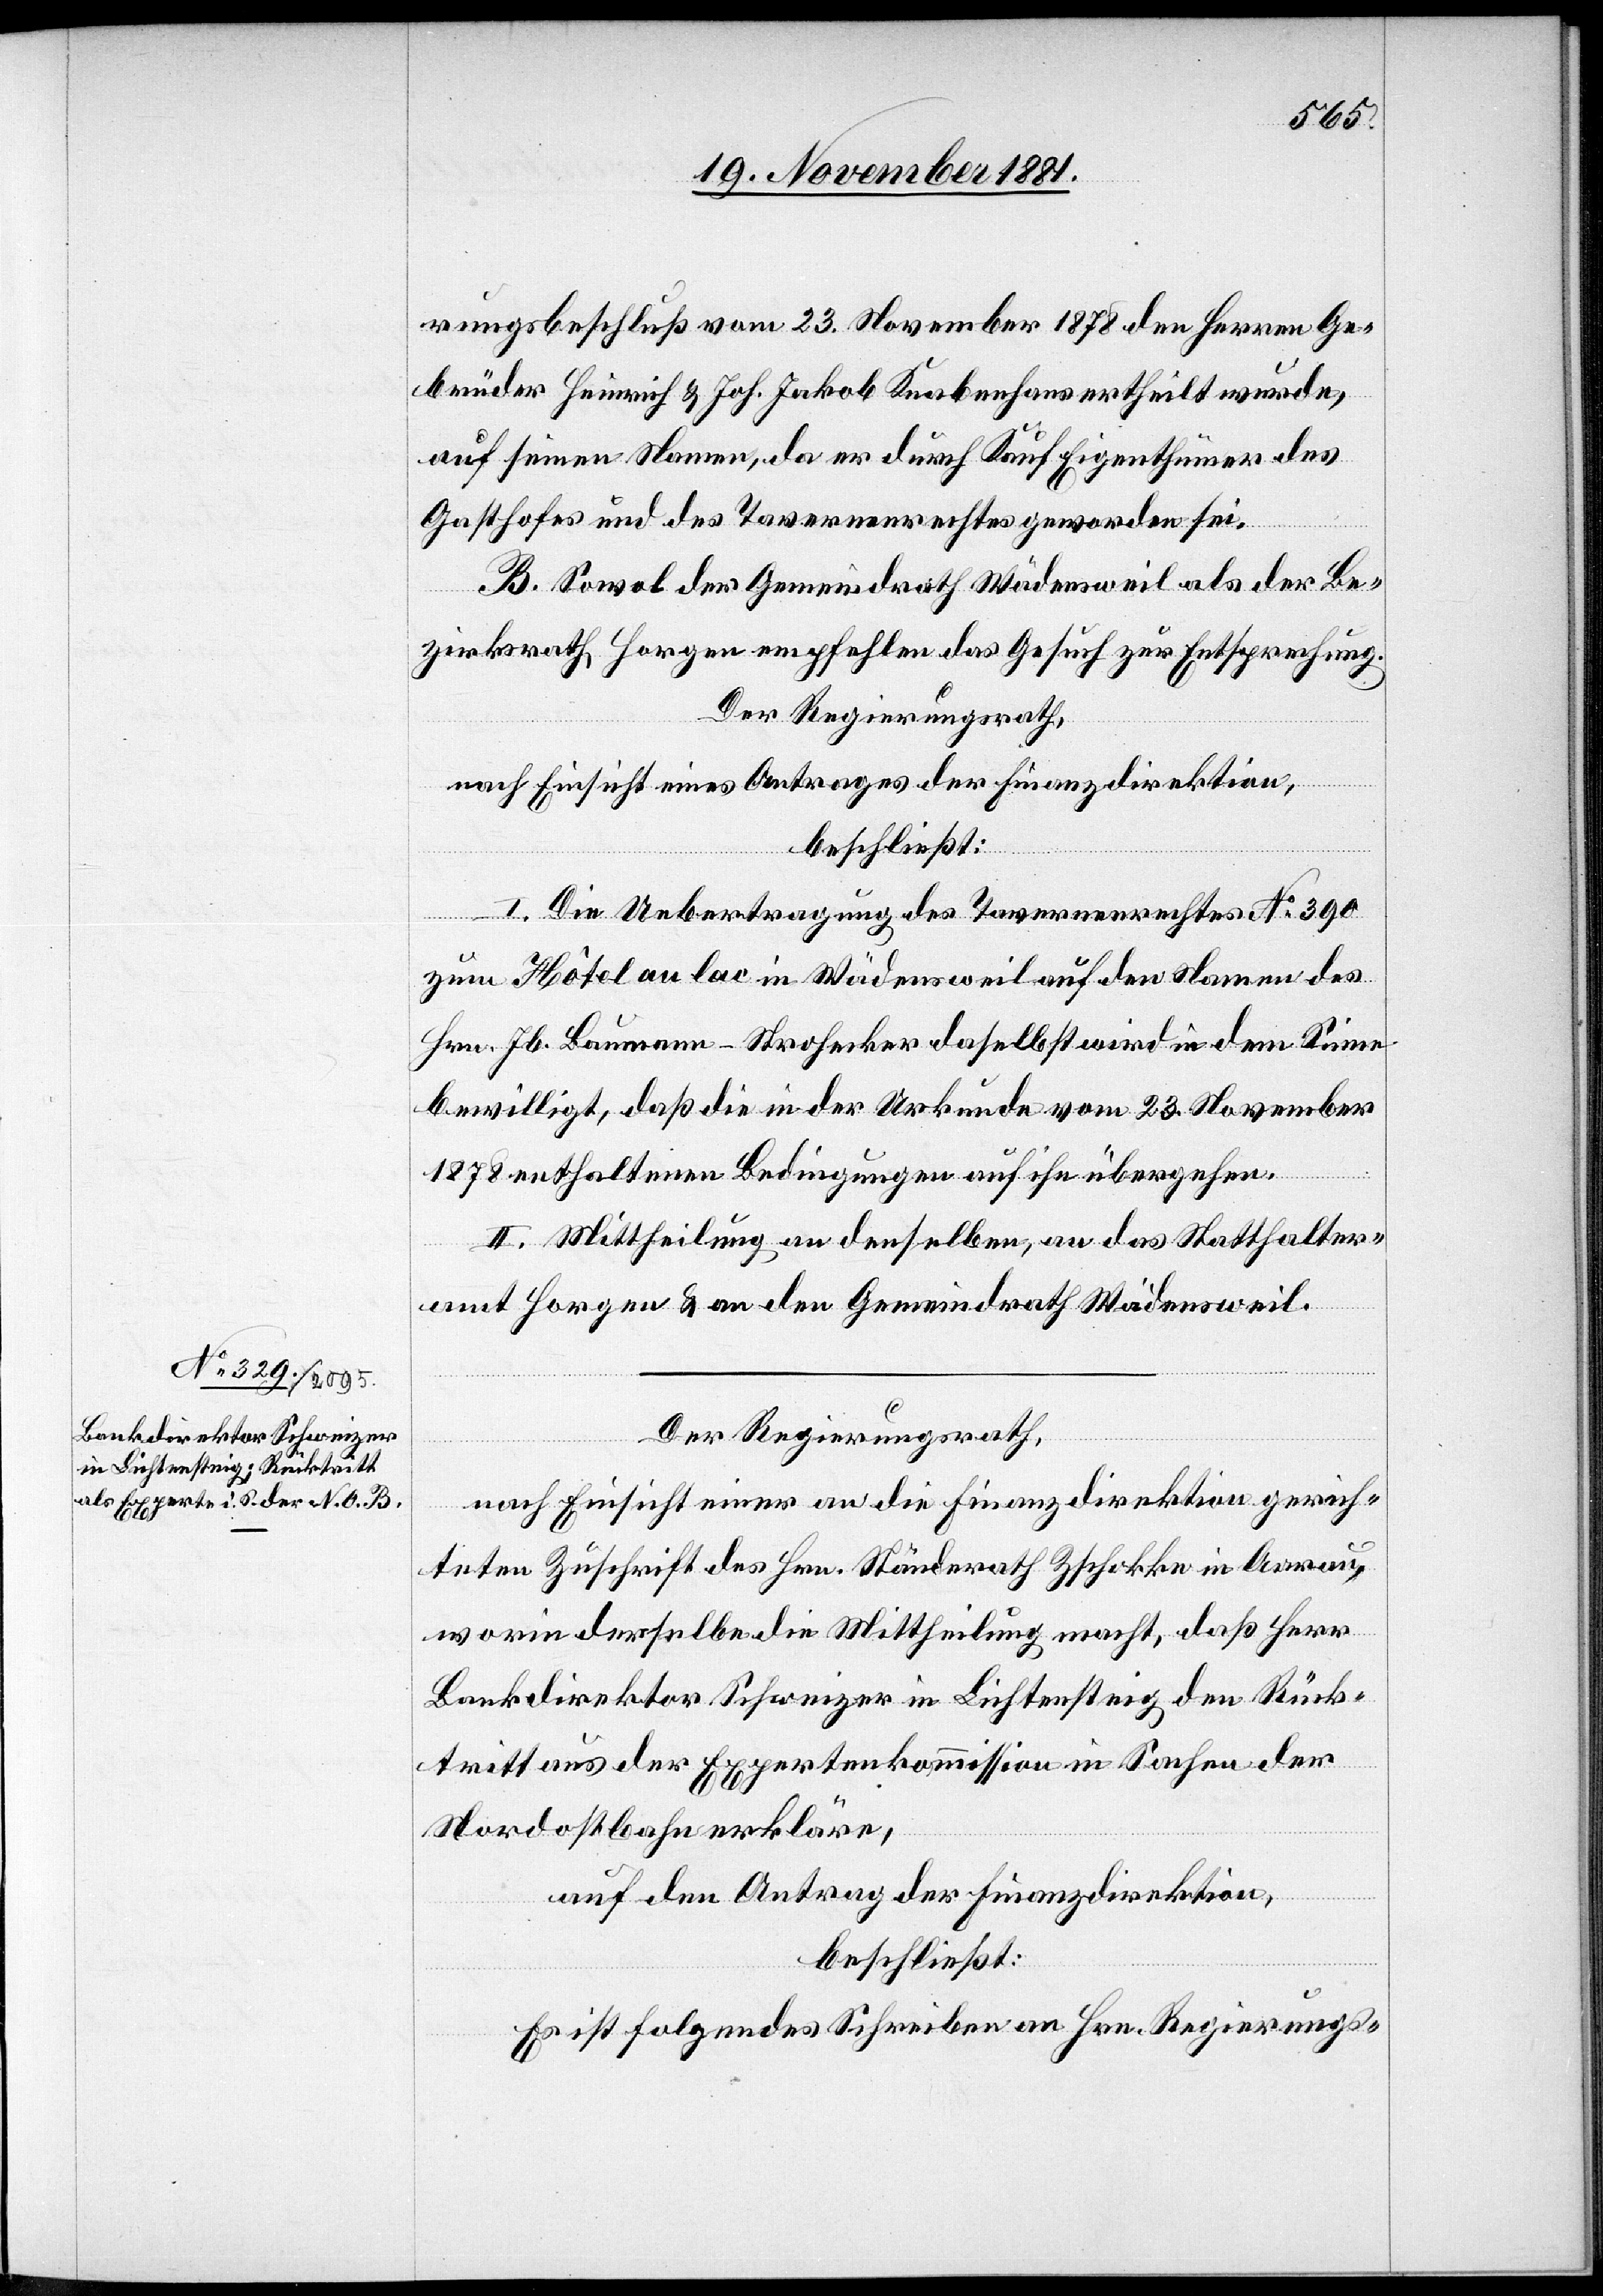
rungsbeschluß vom 23. November 1878 den Herren Ge¬
brüder Heinrich & Joh. Jakob Knabenhans ertheilt wurde,
auf seinen Namen, da er durch Kauf Eigenthümer des
Gasthofes und des Tavernenrechtes geworden sei.
B. Sowol der Gemeindrath Wädensweil als der Be¬
zirksrath Horgen empfehlen das Gesuch zur Entsprechung.
Der Regierungsrath,
nach Einsicht eines Antrages einer an die Finanzdirektion
gerich¬
beschließt:
I. Die Uebertragung des Tavernenrechtes No 390
zum Hôtel au lac in Wädensweil auf den Namen des
Hrn. Jb. Baumann-Strohecker daselbst wird in dem Sinne
bewilligt, daß die in der Urkunde vom 23. November
1878 enthaltenen Bedingungen auf ihn übergehen.
II. Mittheilung an denselben, an das Statthalter¬
amt Horgen & an den Gemeindrath Wädensweil.
Der Regierungsrath,
teten Zuschrift des Hrn. Ständerath Zschokke in Aarau,
worin derselbe die Mittheilung macht, daß Herr
Bankdirektor Schweizer in Lichtensteig den Rück¬
tritt aus der Expertenkommission in Sachen der
Nordostbahn erkläre,
auf den Antrag der Finanzdirektion,
beschließt:
Es ist folgendes Schreiben an Hrn. Regierungs-